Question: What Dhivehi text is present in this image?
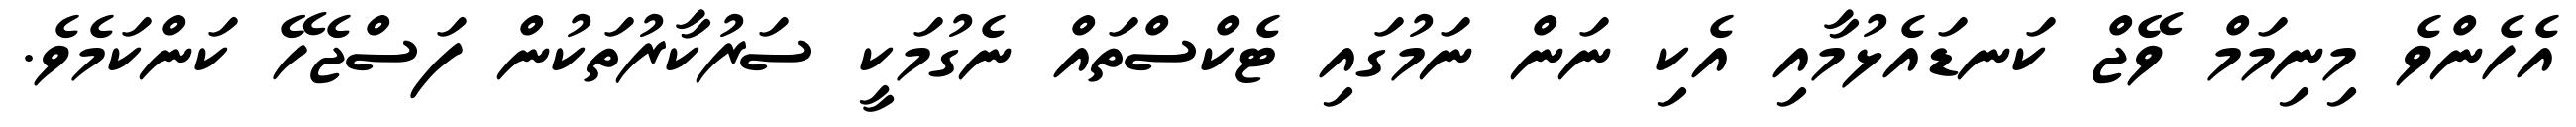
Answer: އެހެންވެ މިނިމަމް ވޭޖް ކަނޑައެޅުމާއި އެކި ނަން ނަމުގައި ޓެކްސްތައް ނެގުމަކީ ސަރުކާރުތަކުން ފަސްޖެހޭ ކަންކަމެވެ.